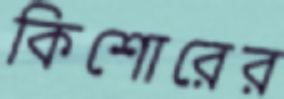
কিশোরের